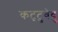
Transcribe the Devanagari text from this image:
कट्‌टुवेवु